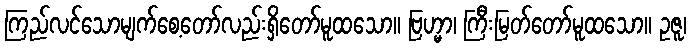
ကြည်လင်သောမျက်စေ့တော်လည်းရှိတော်မူထသော။ ဗြဟ္မာ၊ ကြီးမြတ်တော်မူထသော။ ဥဇူ၊